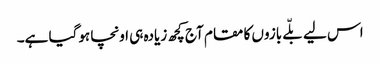
اس لیے بلّے بازوں کا مقام آج کچھ زیادہ ہی اونچا ہوگیا ہے۔